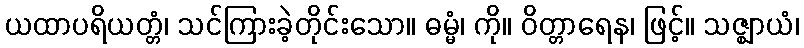
ယထာပရိယတ္တံ၊ သင်ကြားခဲ့တိုင်းသော။ ဓမ္မံ၊ ကို။ ဝိတ္တာရေန၊ ဖြင့်။ သဇ္ဈာယံ၊